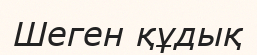
Шеген құдық